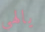
يالهي